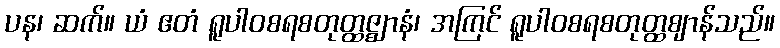
ပန၊ ဆက်။ ယံ ဧတံ ရူပါဝစရစတုတ္ထဇ္ဈာနံ၊ အကြင် ရူပါဝစရစတုတ္ထဈာန်သည်။